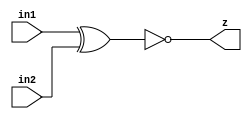
// mioc-xnor2
//
// Edward Diaz , 08_21_22
//
// This is a mos representation of the original mos layout
//  configuration that uses an open drain configuration.

// mioc-xnor2
//
module mioc_xnor2_rtl(
    z,

    in1,            
    in2            
    );

   output z;

   input  in1;
   input  in2;

   assign z = ~(in1 ^ in2);

endmodule